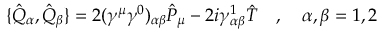
\{ \hat { Q } _ { \alpha } , \hat { Q } _ { \beta } \} = 2 ( \gamma ^ { \mu } \gamma ^ { 0 } ) _ { \alpha \beta } \hat { P } _ { \mu } - 2 i \gamma _ { \alpha \beta } ^ { 1 } \hat { T } \quad , \quad \alpha , \beta = 1 , 2